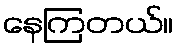
နေကြတယ်။